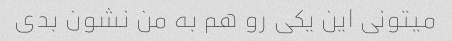
میتونی این یکی رو هم به من نشون بدی